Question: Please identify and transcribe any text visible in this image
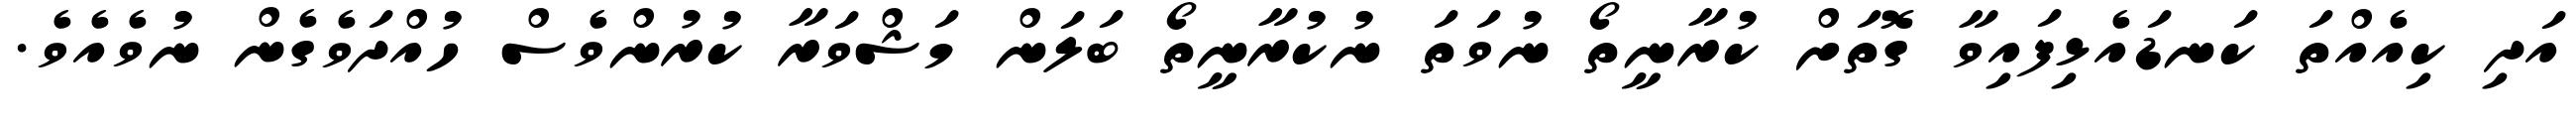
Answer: އަދި ކިއެއްތަ ކަނޑައެޅިފައިވާ ގޮތަށް ކުރާނީތޯ ނުވަތަ ނުކުރާނީތޯ ބަލަން މަޝްވަރާ ކުރުންވެސް ހުއްދަވެގެން ނުވެއެވެ.